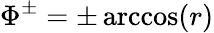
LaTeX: \Phi^{\pm}=\pm\operatorname{arccos}(r)